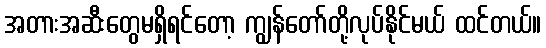
အတားအဆီးတွေမရှိရင်တော့ ကျွန်တော်တို့လုပ်နိုင်မယ် ထင်တယ်။